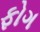
ફોગ